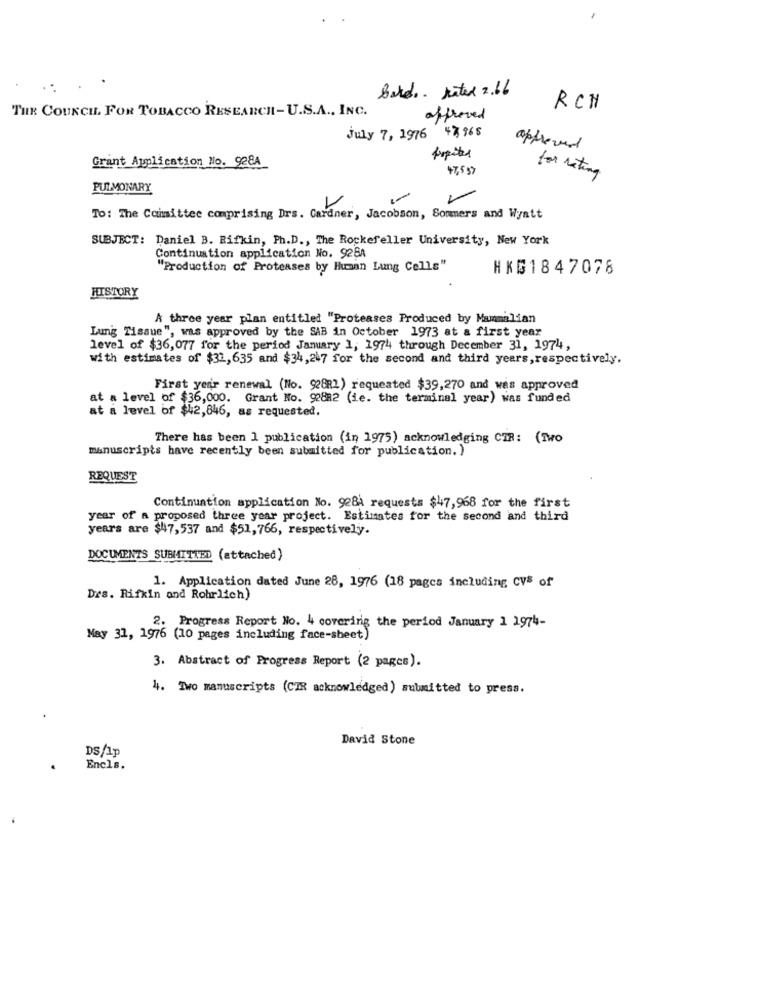
Bald rated 2.16
THE COUNCIL FOR TOBACCO RESEARCH- U.S.A ., INC.
RCH
affreved
July 7, 1976 47, 968
approved
Grant Application No. 928A
47,5 37
for rating
PULMONARY
To: The Committee comprising Drs. Gardner, Jacobson, Sommers and Wyatt
SUBJECT: Daniel B. Rifkin, Ph.D ., The Rockefeller University, New York
Continuation application No. 926A
"Production of Proteases by Human Lung Cells"
HKG1847078
HISTORY
A three year plan entitled "Proteases Produced by Mammalian
Lung Tissue", was approved by the SAB in October 1973 at a first year
level of $36,077 for the period January 1, 1974 through December 31, 1974,
with estimates of $32,635 and $34,247 for the second and third years, respectively.
First year renewal (No. 92882) requested $39,270 and was approved
at a level of $36,000. Grant No. 92882 (ie. the terminal year) was funded
at a level of $42,846, as requested.
There has been 1 publication (in 1975) acknowledging CTR: (Two
manuscripts have recently been submitted for publication. )
REQUEST
Continuation application No. 928A requests $47,968 for the first
year of a proposed three year project. Estimates for the second and third
years are $47,537 and $51,766, respectively.
DOCUMENTS SUBMITTED (attached)
1. Application dated June 28, 1976 (18 pages including CVS of
Drs. Rifkin and Rohrlich)
2. Progress Report No. 4 covering the period January 1 1974-
May 31, 1976 (10 pages including face-sheet)
3. Abstract of Progress Report (2 pages).
4. Two manuscripts (CIR acknowledged) submitted to press.
David Stone
DS/1p
Encls.